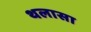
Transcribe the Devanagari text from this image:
थलासा